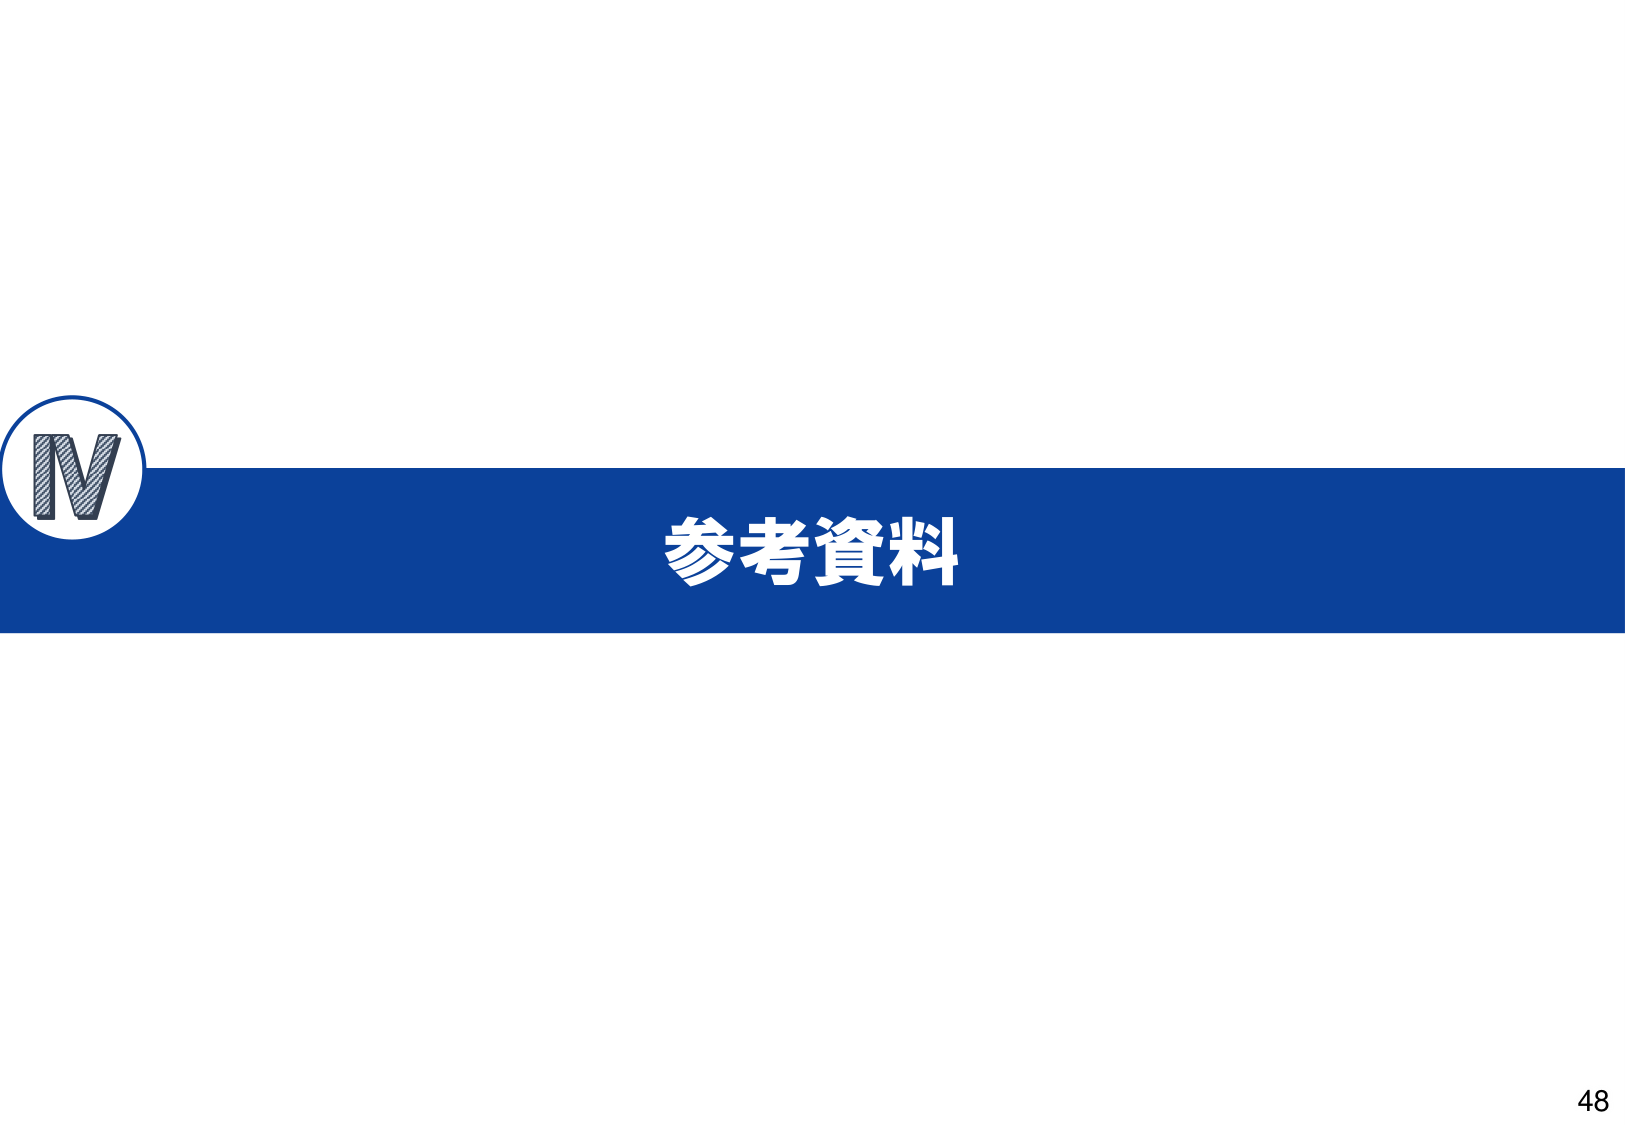
IV
参考資料
48